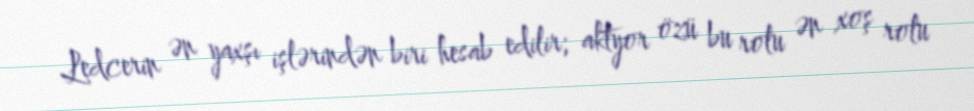
Ledcerin ən yaxşı işlərindən biri hesab edilir; aktyor özü bu rolu ən xoş rolu